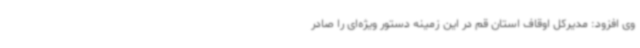
وی افزود: مدیرکل اوقاف استان قم در این زمینه دستور ویژه‌ای را صادر